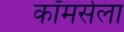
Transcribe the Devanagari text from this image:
कॉमर्सला